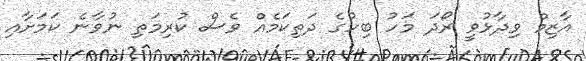
އާޒިމް ވިދާޅުވީ ރޯދަ މަހު ބިހުގެ ދަތިކަމެއް ވެސް ކުރިމަތި ނުވާނެ ކަމަށާއި